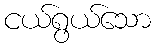
ငယ်ရွယ်သော